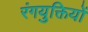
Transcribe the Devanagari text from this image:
रंगयुक्तियों